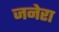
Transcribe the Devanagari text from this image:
जनेरा